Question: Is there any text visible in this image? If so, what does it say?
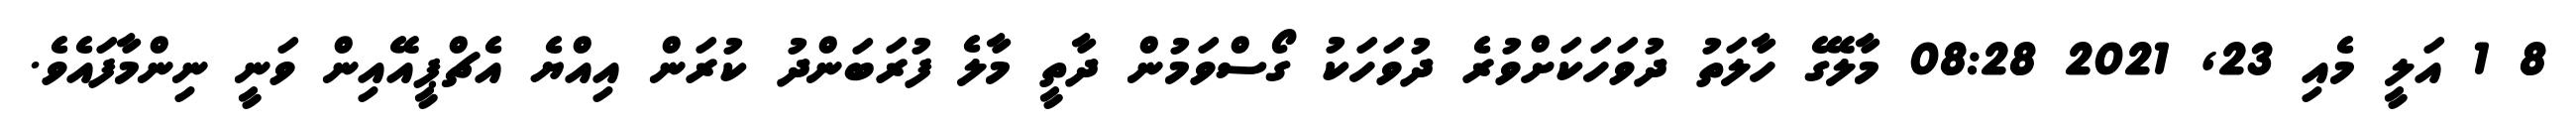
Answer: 8 1 އަލީ މެއި 23, 2021 08:28 މާލޭގެ ހާލަތު ދުވަހަކަށްވުރެ ދުވަހަކު ގޯސްވަމުން ދާތީ މާލެ ފުރަބަންދު ކުރަން އިއްޔެ އެޗްޕީއޭއިން ވަނީ ނިންމާފައެވެ.